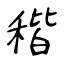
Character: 稭